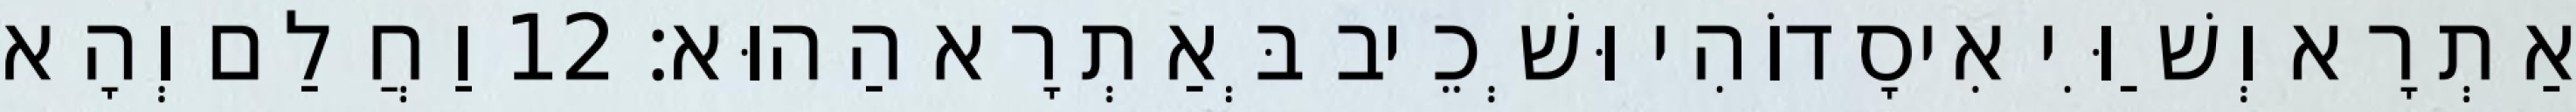
אַתְרָא וְשַׁוִּי אִיסָדוֹהִי וּשְׁכֵיב בְּאַתְרָא הַהוּא׃ 12 וַחֲלַם וְהָא